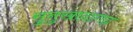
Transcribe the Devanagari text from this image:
सुनुखादागढ़